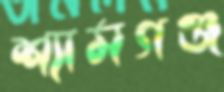
শ্যামগঞ্জ